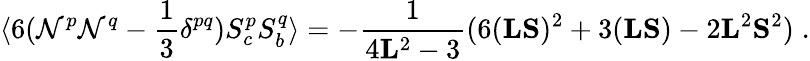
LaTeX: \langle6(\mathcal{N}^{p}\mathcal{N}^{q}-\frac{{1}}{{3}}\delta^{pq})S_{c}^{p}S_{b}^{q}\rangle=-\frac{{1}}{{4{\mathbf{{L}}}^{2}-3}}(6({\mathbf{{L}}}{\mathbf{{S}}})^{2}+3({\mathbf{{L}}}{\mathbf{{S}}})-2{\mathbf{{L}}}^{2}{\mathbf{{S}}}^{2})\; .